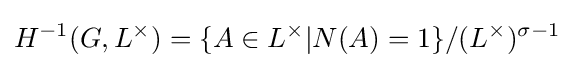
H^{-1}(G,L^{\times })=\{A\in L^{\times }|N(A)=1\}/(L^{\times })^{\sigma -1}